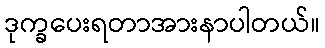
ဒုက္ခပေးရတာအားနာပါတယ်။